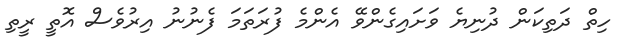
ހިތް ދަތިކަން ދުނިޔެ ވަށައިގެންވޭ އެންމެ ފުރަތަމަ ފެނުނު އިރުވެސް އޮތީ ރީތި